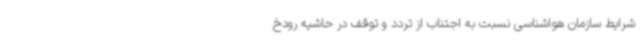
شرایط سازمان هواشناسی نسبت به اجتناب از تردد و توقف در حاشیه رودخ